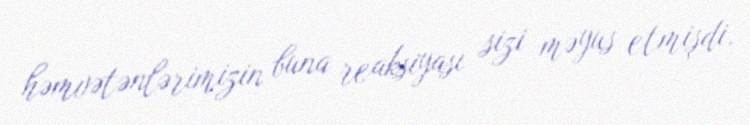
həmvətənlərimizin buna reaksiyası sizi məyus etmişdi.